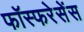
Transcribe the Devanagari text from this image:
फॉस्फरेसेंस